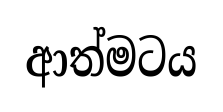
ආත්මටය